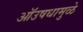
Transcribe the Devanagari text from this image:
ऑउषधामुळे